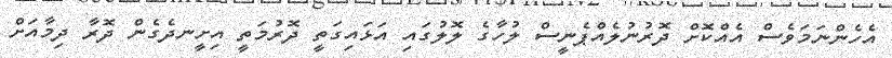
އެހެންނަމަވެސް އެއްކޮށް ދޮރުނުލެއްޕެނީސް ލުހާގެ ލޮލުގައި އަޅައިގަތީ ދޮރުމަތީ އިށީނދެގެން ދޮރާ ދިމާއަށް